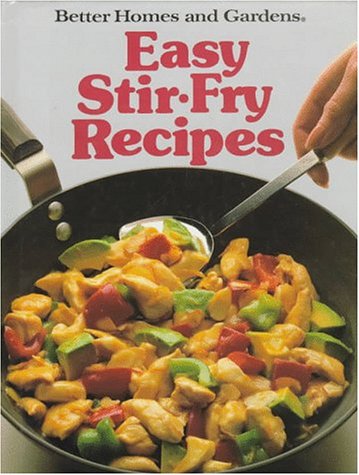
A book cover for Better Homes and Gardens Easy Stir-Fry Recipes; Cookbooks, Food & Wine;